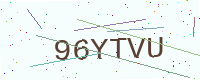
Text: 96YTVU